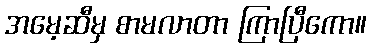
အမေ့ဆီမှ စာမလာတာ ကြာပြီကော။